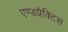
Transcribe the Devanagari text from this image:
एण्डप्रैक्टिस